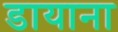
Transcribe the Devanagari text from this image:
डायाना